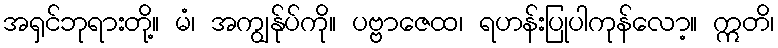
အရှင်ဘုရားတို့။ မံ၊ အကျွန်ုပ်ကို။ ပဗ္ဗာဇေထ၊ ရဟန်းပြုပါကုန်လော့။ ဣတိ၊